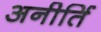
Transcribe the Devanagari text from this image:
अनीर्ति